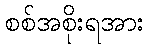
စစ်အစိုးရအား